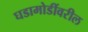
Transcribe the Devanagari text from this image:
घडामोडींवरील